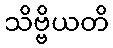
သိဗ္ဗိယတိ